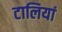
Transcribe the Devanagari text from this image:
टालियां